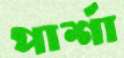
পার্শা